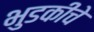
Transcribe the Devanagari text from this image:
भुडकीचे